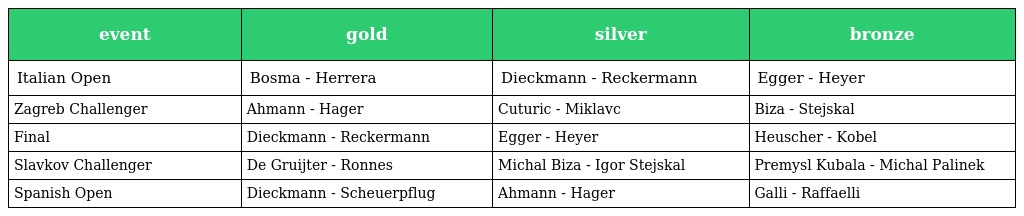
| event | gold | silver | bronze |
 | --- | --- | --- | --- |
 | Italian Open | Bosma - Herrera | Dieckmann - Reckermann | Egger - Heyer |
 | Zagreb Challenger | Ahmann - Hager | Cuturic - Miklavc | Biza - Stejskal |
 | Final | Dieckmann - Reckermann | Egger - Heyer | Heuscher - Kobel |
 | Slavkov Challenger | De Gruijter - Ronnes | Michal Biza - Igor Stejskal | Premysl Kubala - Michal Palinek |
 | Spanish Open | Dieckmann - Scheuerpflug | Ahmann - Hager | Galli - Raffaelli |